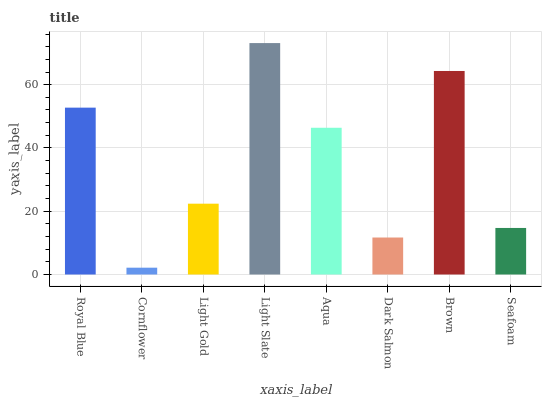
| xaxis_label | bars |
 | --- | --- |
 | Royal Blue | 52.7 |
 | Cornflower | 2.15 |
 | Light Gold | 22.4 |
 | Light Slate | 73.2 |
 | Aqua | 46.4 |
 | Dark Salmon | 11.7 |
 | Brown | 64.3 |
 | Seafoam | 14.7 |